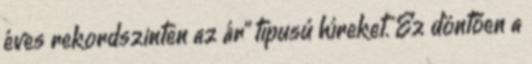
éves rekordszinten az ár" típusú híreket. Ez döntően a